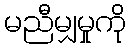
မညီမျှမှုကို